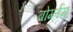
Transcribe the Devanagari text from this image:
बोर्ग्लम